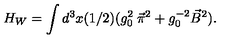
H _ { W } = \int d ^ { 3 } x ( 1 / 2 ) ( g _ { 0 } ^ { 2 } \: \vec { \pi } ^ { 2 } + g _ { 0 } ^ { - 2 } \vec { B } ^ { 2 } ) .